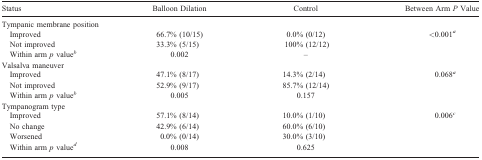
| Status | Balloon Dilation | Control | Between Arm P Value |
 | --- | --- | --- | --- |
 | <COLSPAN=4> Tympanic membrane position |
 | Improved | 66.7% (10/15) | 0.0% (0/12) | <0.001a |
 | Not improved | 33.3% (5/15) | 100% (12/12) |  |
 | Within arm p valueb | 0.002 | – |  |
 | <COLSPAN=4> Valsalva maneuver |
 | Improved | 47.1% (8/17) | 14.3% (2/14) | 0.068a |
 | Not improved | 52.9% (9/17) | 85.7% (12/14) |  |
 | Within arm p valueb | 0.005 | 0.157 |  |
 | <COLSPAN=4> Tympanogram type |
 | Improved | 57.1% (8/14) | 10.0% (1/10) | 0.006c |
 | No change | 42.9% (6/14) | 60.0% (6/10) |  |
 | Worsened | 0.0% (0/14) | 30.0% (3/10) |  |
 | Within arm p valued | 0.008 | 0.625 |  |